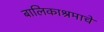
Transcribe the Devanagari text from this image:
बालिकाश्रमाचे